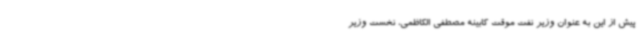
پیش از این به عنوان وزیر نفت موقت کابینه مصطفی الکاظمی، نخست وزیر